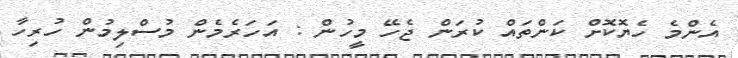
އެންމެ ހެޔޮކޮށް ކަންތައް ކުރަން ޖެހޭ މީހުން : އަހަރެމެން މުސްލިމުން ހުރިހާ